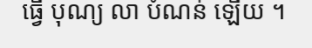
ធ្វើ បុណ្យ លា បំណន់ ឡើយ ។